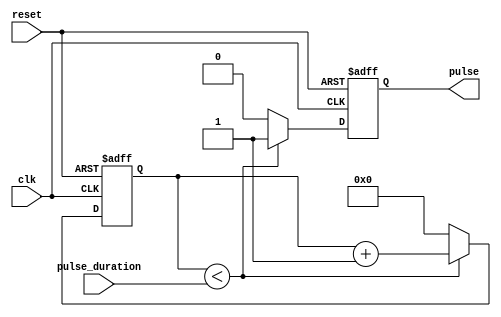
module async_pulse_generator (
    input clk,
    input reset,
    input [31:0] pulse_duration,
    output reg pulse
);

reg [31:0] counter;

always @ (posedge clk or posedge reset) begin
    if (reset) begin
        pulse <= 0;
        counter <= 0;
    end else begin
        if (counter < pulse_duration) begin
            pulse <= 1;
            counter <= counter + 1;
        end else begin
            pulse <= 0;
            counter <= 0;
        end
    end
end

endmodule